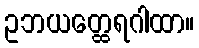
ဥဘယတ္ထေရဂါထာ။